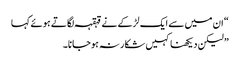
“ ان میں سے ایک لڑکے نے قہقہہ لگاتے ہوئے کہا
” لیکن دیکھنا کہیں شکار نہ ہوجانا۔